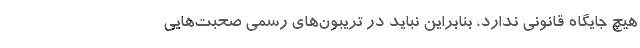
هیچ جایگاه قانونی ندارد، بنابراین نباید در تریبون‌های رسمی صحبت‌هایی